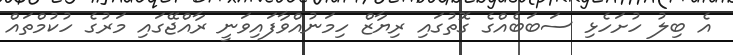
އެ ބިލު ހުށަހެޅި ސަބަބެއްގެ ގޮތުގައި ރިޔާޒް ހިމަނުއްވާފައިވަނީ ރާއްޖޭގައި މަރުގެ ހުކުމްތައް